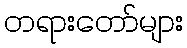
တရားတော်များ